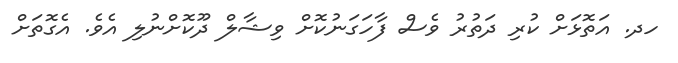
ހދ. އަތޮޅަށް ކުރި ދަތުރު ވެސް ފާހަގަނުކޮށް ވިޝާލް ދޫކޮށްނުލި އެވެ. އެގޮތަށް